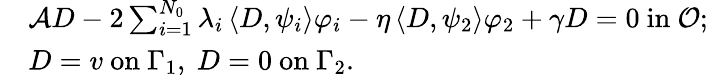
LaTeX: \begin{array}{rl}&{\mathcal{A}D-2\sum_{i=1}^{N_{0}}\lambda_{i}\left<D,\psi_{i}\right>\varphi_{i}-\eta\left<D,\psi_{2}\right>\varphi_{2}+\gamma D=0\mathrm{~in~}\mathcal{O};}\\ &{D=v\mathrm{~on~}\Gamma_{1},\ D=0\mathrm{~on~}\Gamma_{2}.}\end{array}